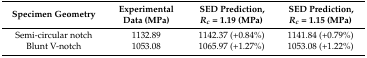
<table><thead><tr><td><b>Specimen Geometry</b></td><td><b>Experimental Data (MPa)</b></td><td><b>SED Prediction, <i>R<sub>c</sub></i> = 1.19 (MPa)</b></td><td><b>SED Prediction, <i>R<sub>c</sub></i> = 1.15 (MPa)</b></td></tr></thead><tbody><tr><td>Semi-circular notch</td><td>1132.89</td><td>1142.37 (+0.84%)</td><td>1141.84 (+0.79%)</td></tr><tr><td>Blunt V-notch</td><td>1053.08</td><td>1065.97 (+1.27%)</td><td> 1053.08 (+1.22%)</td></tr></tbody></table>